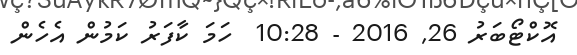
އޮކްޓޯބަރު 26